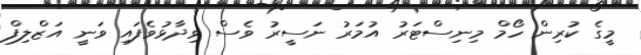
މީގެ ކުރިން ހޯމް މިނިސްޓަރު އުމަރު ނަސީރު ވެސް ވިދާޅުވެފައި ވަނީ އަޒްލިފް